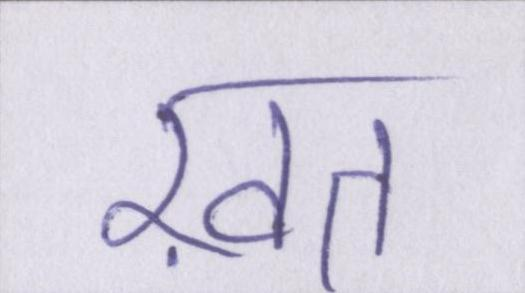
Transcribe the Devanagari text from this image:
ख़त